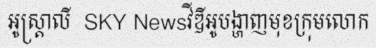
អូស្ត្រាលី  SKY Newsវីឌីអូបង្ហាញមុខក្រុមលោក